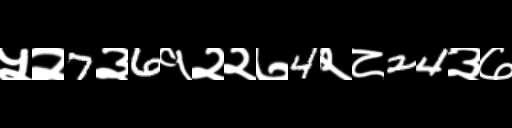
Text: ५२7३6१२२७4२८24३७